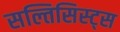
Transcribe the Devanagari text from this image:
सल्तिसिस्ट्स